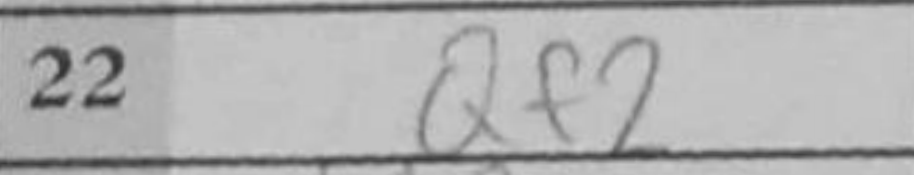
Transcription: Qf2